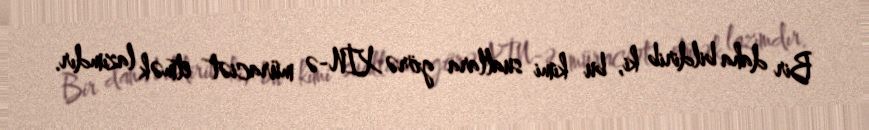
Bir daha bildirib ki, bu kimi suallara görə XİN-ə müraciət etmək lazımdır.